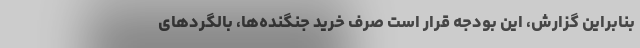
بنابراین گزارش، این بودجه قرار است صرف خرید جنگنده‌ها، بالگردهای